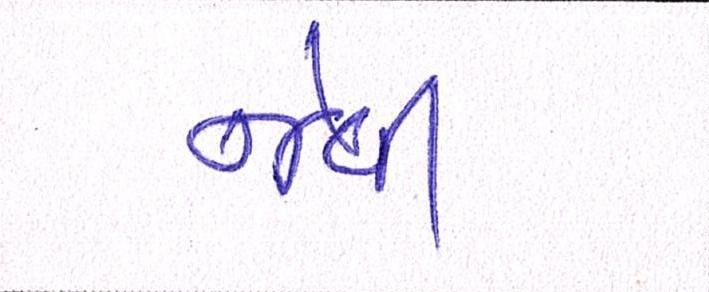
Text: જેવી